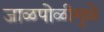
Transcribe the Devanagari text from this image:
जाळपोळीमुळे